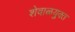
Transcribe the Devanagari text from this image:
शेवाळयुक्त